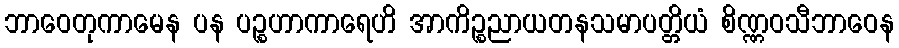
ဘာဝေတုကာမေန ပန ပဉ္စဟာကာရေဟိ အာကိဉ္စညာယတနသမာပတ္တိယံ စိဏ္ဏဝသီဘာဝေန